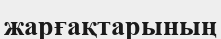
жарғақтарының